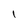
Character: I